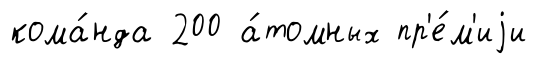
кома́нда 200 а́томных пр'е́м'иjи